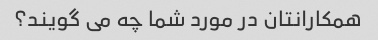
همکارانتان در مورد شما چه می گویند؟